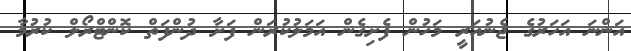
އަންނަ އަހަރުގެ ޖެނުއަރީ މަހުން ފެށިގެން އަމަލުކުރަން ފަށާ ދުންފަތް ކޮންޓްރޯލް ކުރުމާ